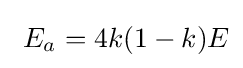
\ E_{a}=4k(1-k)E